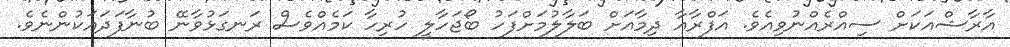
އާރާޝްއަކަށް ސިއްރެއްނުވިއެވެ. އަފްރާއާ ދިމާއަށް ބަލާލުމަށްފަހު ބޯޖަހާލީ ހުރިހާ ކަމެއްވެސް ރަނގަޅުވާނޭ ބުނާފަދައަކުންނެވެ.